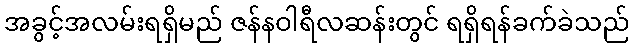
အခွင့်အလမ်းရရှိမည် ဇန်နဝါရီလဆန်းတွင် ရရှိရန်ခက်ခဲသည်